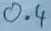
Text: 0.4